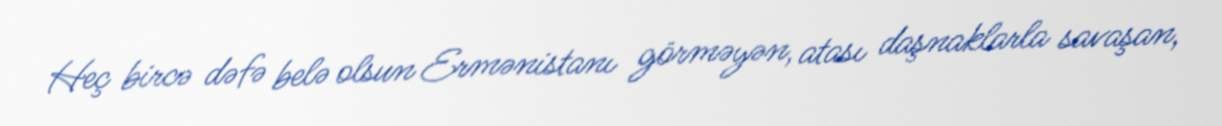
Heç bircə dəfə belə olsun Ermənistanı görməyən, atası daşnaklarla savaşan,